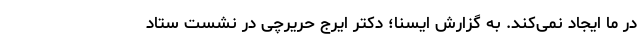
در ما ایجاد نمی‌کند. به گزارش ایسنا؛ دکتر ایرج حریرچی در نشست ستاد